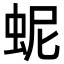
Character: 蚭